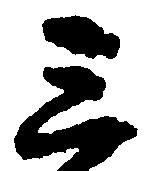
三